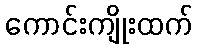
ကောင်းကျိုးထက်